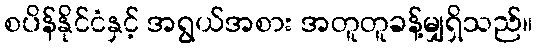
စပိန်နိုင်ငံနှင့် အရွယ်အစား အတူတူခန့်မျှရှိသည်။